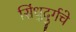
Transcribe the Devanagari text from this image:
सिंधुदुर्गचे